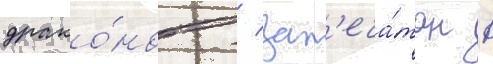
драко́нов / зап'еча́тан в